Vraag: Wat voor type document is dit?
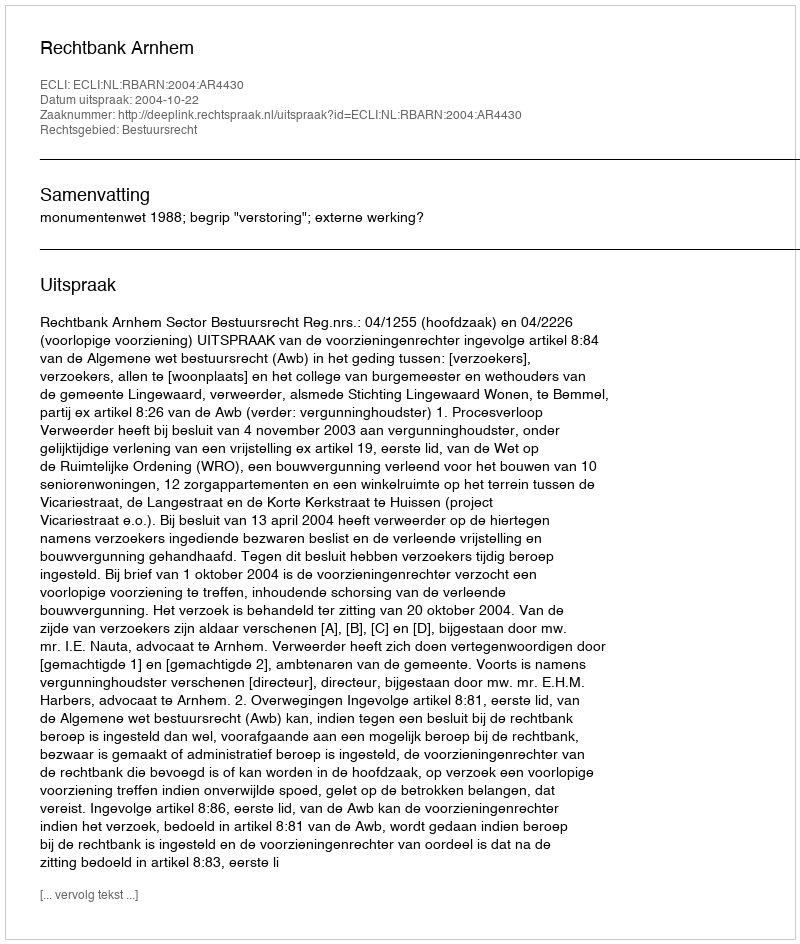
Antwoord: Uitspraak